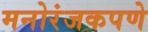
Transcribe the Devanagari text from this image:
मनोरंजकपणे